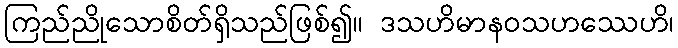
ကြည်ညိုသောစိတ်ရှိသည်ဖြစ်၍။ ဒသဟိမာနဝသဟဿေဟိ၊